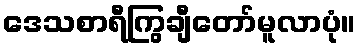
ဒေသစာရီကြွချီတော်မူလာပုံ။